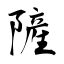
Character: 隡